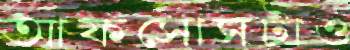
আফসোসটাও